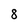
Character: 8